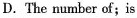
D. The number of;is